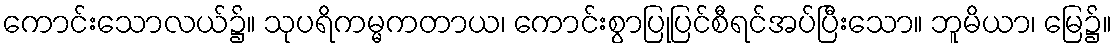
ကောင်းသောလယ်၌။ သုပရိကမ္မကတာယ၊ ကောင်းစွာပြုပြင်စီရင်အပ်ပြီးသော။ ဘူမိယာ၊ မြေ၌။